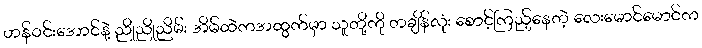
ဟန်ဝင်းအောင်နဲ့ ညိုညိုညိမ်း အိမ်ထဲကအထွက်မှာ သူတို့ကို တချိန်လုံး စောင့်ကြည့်နေတဲ့ လေးမောင်မောင်က